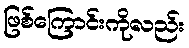
ဖြစ်ကြောင်းကိုလည်း